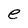
Character: e